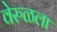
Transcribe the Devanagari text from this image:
वेरुळला